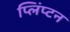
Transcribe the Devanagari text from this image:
प्लिंप्टन